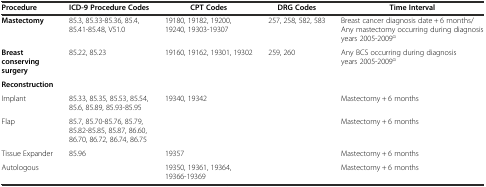
<table><thead><tr><td><b>Procedure</b></td><td><b>ICD-9 Procedure Codes</b></td><td><b>CPT Codes</b></td><td><b>DRG Codes</b></td><td><b>Time Interval</b></td></tr></thead><tbody><tr><td><b>Mastectomy</b></td><td>85.3, 85.33-85.36, 85.4, 85.41-85.48, V51.0</td><td>19180, 19182, 19200, 19240, 19303-19307</td><td>257, 258, 582, 583</td><td>Breast cancer diagnosis date + 6 months/Any mastectomy occurring during diagnosis years 2005-2009<sup>α</sup></td></tr><tr><td><b>Breast conserving surgery</b></td><td>85.22, 85.23</td><td>19160, 19162, 19301, 19302</td><td>259, 260</td><td>Any BCS occurring during diagnosis years 2005-2009<sup>α</sup></td></tr><tr><td><b>Reconstruction</b></td><td></td><td></td><td></td><td></td></tr><tr><td>Implant</td><td>85.33, 85.35, 85.53, 85.54, 85.6, 85.89, 85.93-85.95</td><td>19340, 19342</td><td></td><td>Mastectomy + 6 months</td></tr><tr><td>Flap</td><td>85.7, 85.70-85.76, 85.79, 85.82-85.85, 85.87, 86.60, 86.70, 86.72, 86.74, 86.75</td><td></td><td></td><td>Mastectomy + 6 months</td></tr><tr><td>Tissue Expander</td><td>85.96</td><td>19357</td><td></td><td>Mastectomy + 6 months</td></tr><tr><td>Autologous</td><td></td><td>19350, 19361, 19364, 19366-19369</td><td></td><td>Mastectomy + 6 months</td></tr></tbody></table>